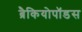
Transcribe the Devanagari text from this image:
ब्रैकियोपॉडस